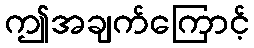
ဤအချက်ကြောင့်